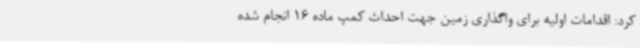
کرد: اقدامات اولیه برای واگذاری زمین جهت احداث کمپ ماده 16 انجام شده